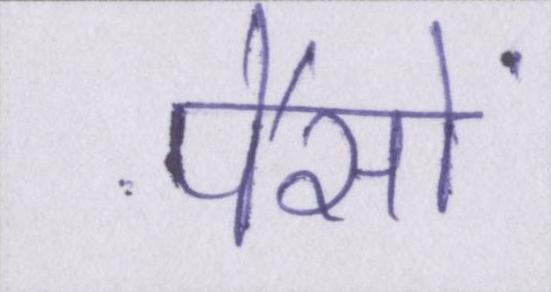
पैसों